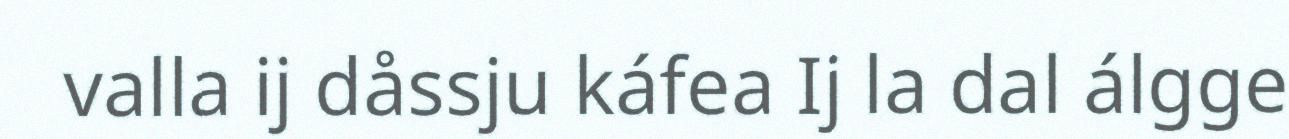
valla ij dåssju káfea Ij la dal álgge